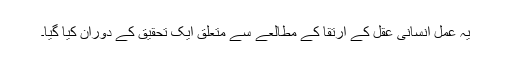
یہ عمل انسانی عقل کے ارتقا کے مطالعے سے متعلق ایک تحقیق کے دوران کیا گیا۔